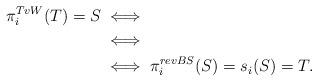
LaTeX: \begin{align*}\pi_i^{TvW}(T)=S &\iff \\&\iff \\&\iff \pi_i^{revBS}(S)= s_i(S)=T.\end{align*}